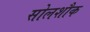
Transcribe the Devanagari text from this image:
सोलशौक